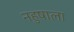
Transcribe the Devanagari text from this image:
नहुषाला